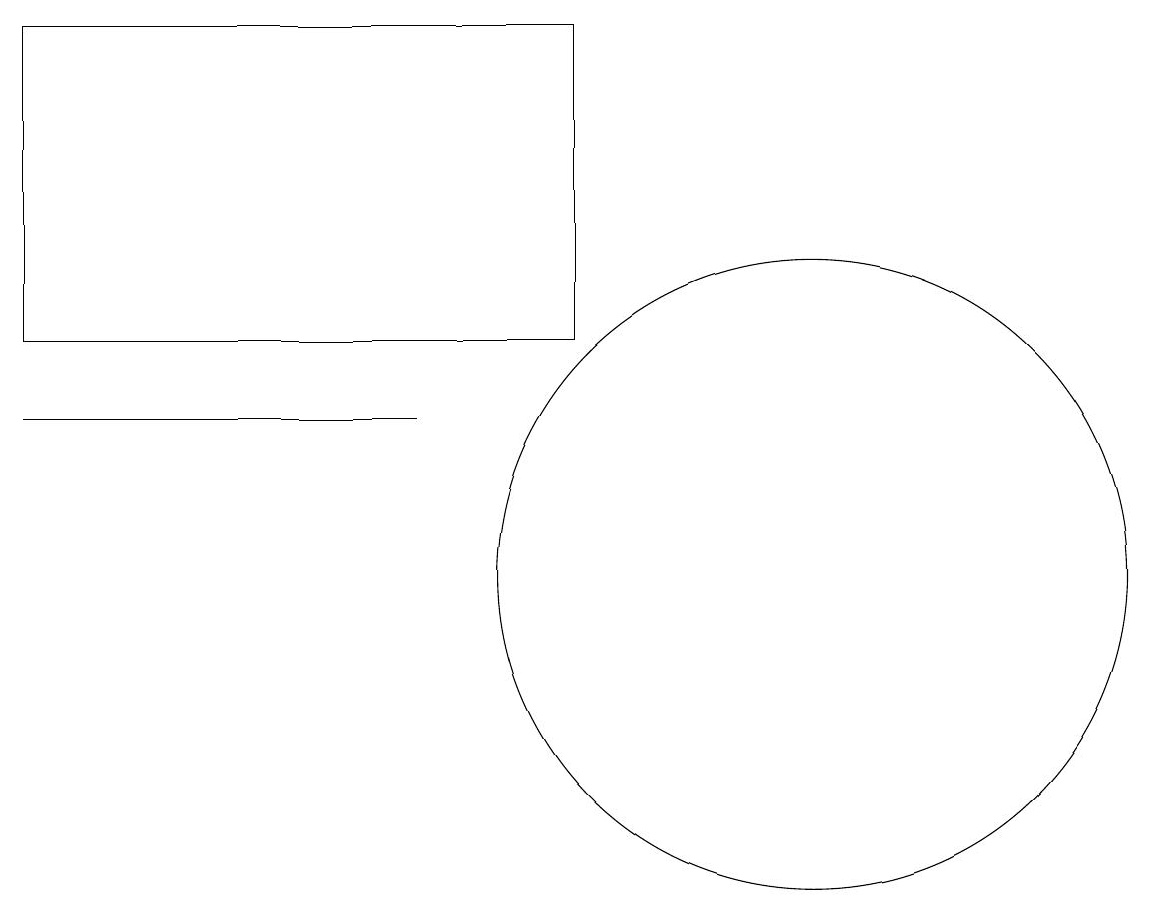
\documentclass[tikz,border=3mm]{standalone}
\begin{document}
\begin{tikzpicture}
\draw (12,11) circle (0);
\draw (10,11) circle (4);
\draw (5,13) rectangle (0,13);
\draw (0,18) rectangle (7,14);
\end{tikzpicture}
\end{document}